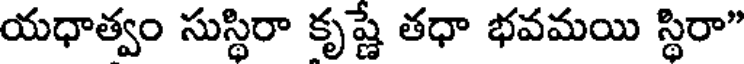
యధాత్వం సుస్థిరా కృష్ణే తధా భవమయి స్థిరా"